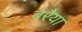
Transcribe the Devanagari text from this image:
बरैया